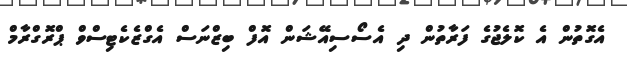
އެގޮތުން އެ ކޮލެޖުގެ ފަރާތުން ދި އެސޯސިއޭޝަން އޮފް ބިޒްނަސް އެގްޒެކެޓިސްވް ޕްރޮގްރާމް